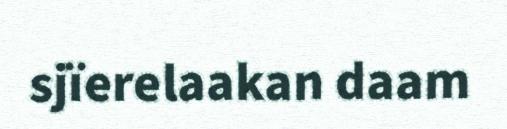
sjïerelaakan daam